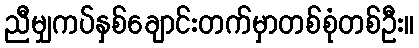
ညီမျှကပ်နှစ်ချောင်းတက်မှာတစ်စုံတစ်ဦး။